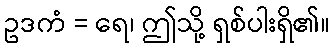
ဥဒကံ = ရေ၊ ဤသို့ ရှစ်ပါးရှိ၏။